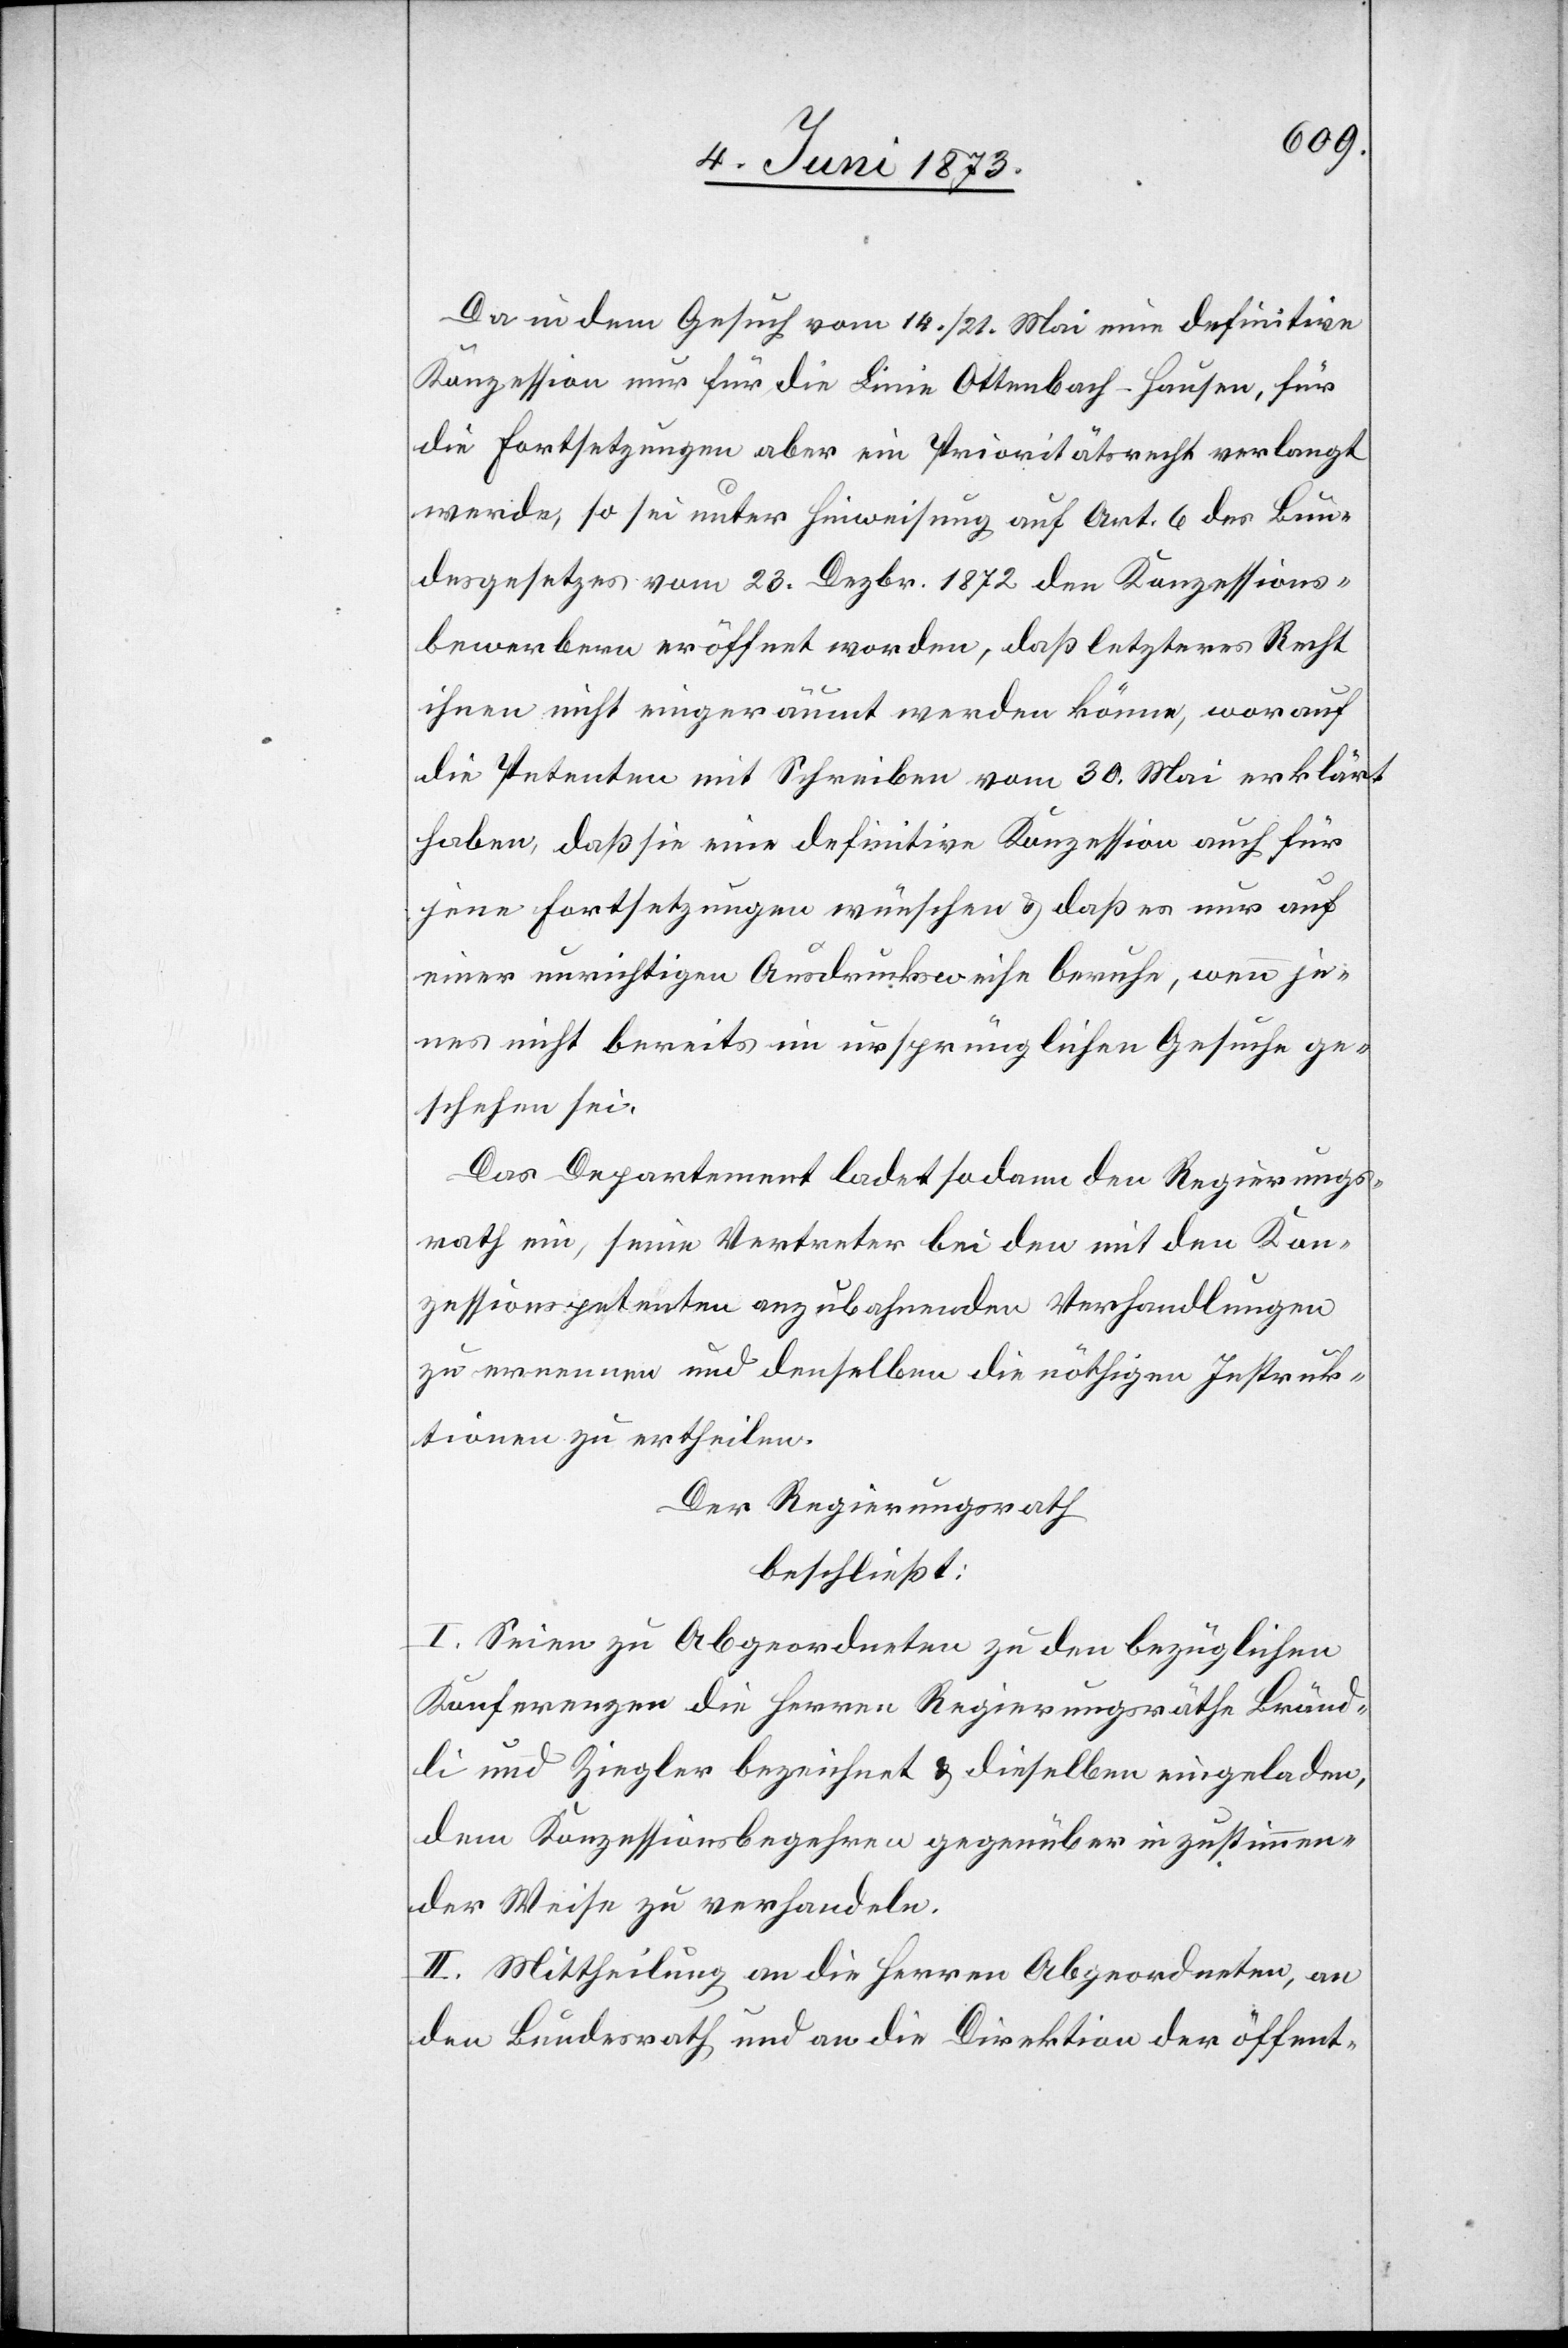
Da in dem Gesuch vom 14./21. Mai eine definitive
Konzession nur für die Linie Ottenbach–Hausen, für
die Fortsetzungen aber ein Prioritätsrecht verlangt
werde, so sei unter Hinweisung auf Art. 6 des Bun¬
desgesetzes vom 23. Dezbr. 1872 den Konzessions¬
bewerbern eröffnet worden, daß letzteres Recht
ihnen nicht eingeräumt werden könne, worauf
die Petenten mit Schreiben vom 30. Mai erklärt
haben, daß sie eine definitive Konzession auch für
jene Fortsetzungen wünschen & daß es nur auf
einer unrichtigen Ausdrucksweise beruhe, wenn je¬
nes nicht bereits im ursprünglichen Gesuche ge¬
schehen sei.
Das Departement ladet sodann den Regierungs¬
rath ein, seine Vertreter bei den mit den Kon¬
zessionspetenten anzubahnenden Verhandlungen
zu ernennen und denselben die nöthigen Instruk¬
tionen zu ertheilen.
Der Regierungsrath
beschließt:
I. Seien zu Abgeordneten zu den bezüglichen
Konferenzen die Herren Regierungsräthe Bränd¬
li und Ziegler bezeichnet & dieselben eingeladen,
dem Konzessionsbegehren gegenüber in zustimmen¬
der Weise zu verhandeln.
II. Mittheilung an die Herren Abgeordneten, an
den Bundesrath und an die Direktion der öffent-